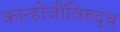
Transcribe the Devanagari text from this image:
कान्होजींविरुद्ध